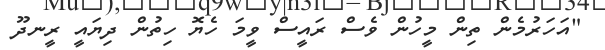
"އަހަރުމެން ތިން މީހުން ވެސް ރައީސް ވީމަ ހެޔޮ ހިތުން ދިޔައީ ރީނދޫ